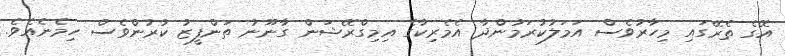
އޭގެ ތެރޭގައި މިހާރުވެސް އަމަލުކުރަމުންދާ އެމެރިކާގެ އިމިގްރޭޝަން ގާނޫނު ތަންފީޒު ކުރުންވެސް ހިމެނެއެވެ.